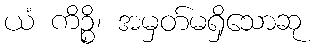
ယံ ကိဉ္စိ၊ အမှတ်မရှိသောဆု